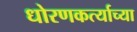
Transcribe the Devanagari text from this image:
धोरणकर्त्याच्या